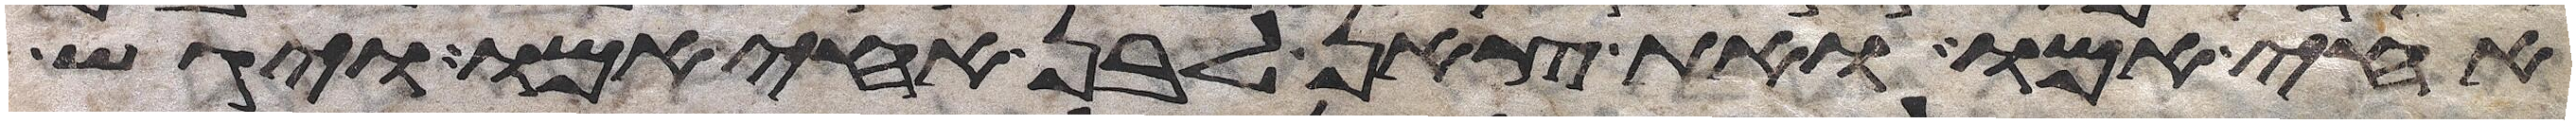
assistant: אחי אמו ואת צאן לבן אחי אמו ויגש